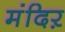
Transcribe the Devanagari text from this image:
मंदिऱ